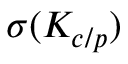
\sigma ( K _ { c / p } )